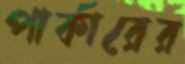
পার্কারের